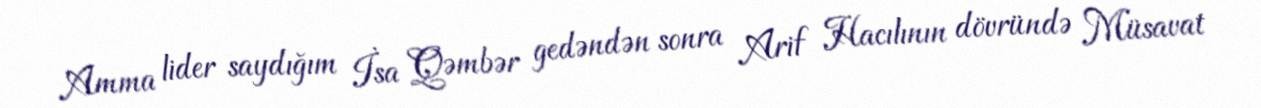
Amma lider saydığım İsa Qəmbər gedəndən sonra Arif Hacılının dövründə Müsavat